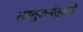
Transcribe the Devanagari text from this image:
तरंतुकारंतुकयो